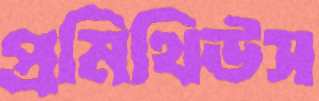
প্রমিথিউস